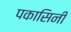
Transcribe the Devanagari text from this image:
पकासिनी